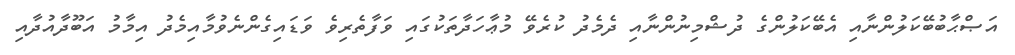
އަޞްޙާބުބޭކަލުންނާއި އެބޭކަލުންގެ ދުޝްމިނުންނާއި ދެމެދު ކުރެވޭ މުޢާހަދާތަކުގައި ވަފާތެރިވެ ވަޑައިގެންނެވުމާއިމެދު އިމާމު އަބޫދާއުދާއި